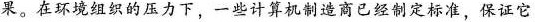
果。在环境组织的压力下，一些计算机制商已经制定标准，保证它